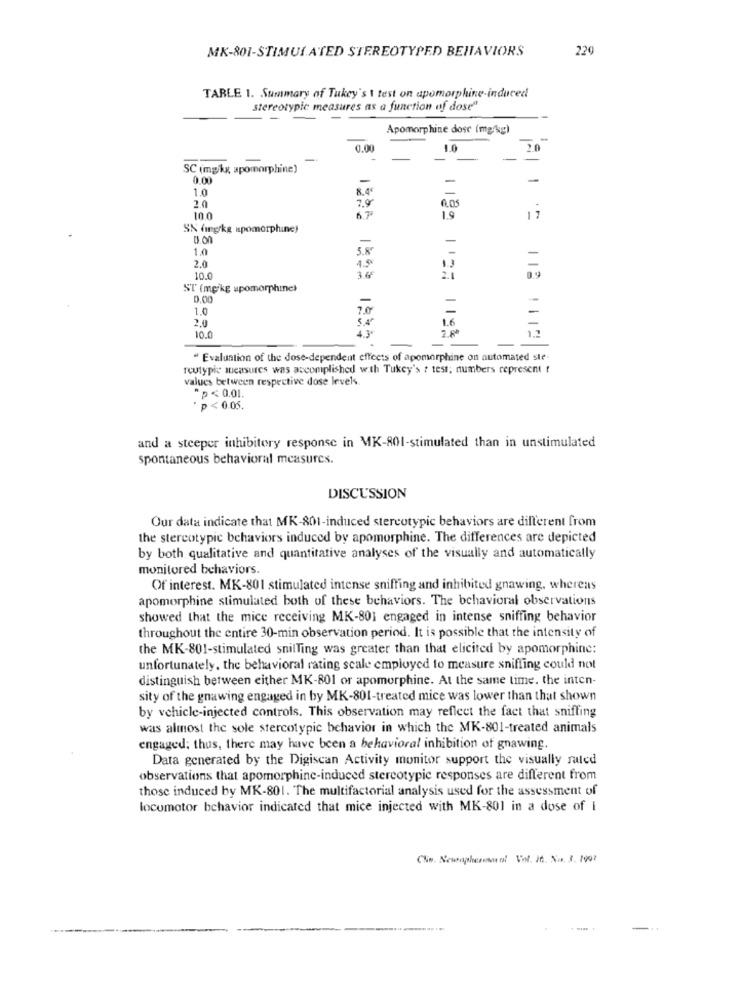
MK-801-STIMULATED STEREOTYPED BEHAVIORS
22
TARLE 1. Summary of Tukey's \ test on apomorphine-induced
stereotypic measures as a function of dose"
Apomorphine dose (mg/kg)
0.00
1.0
2.0
SC (mpkg apomorphine)
0.00
-
-
1.0
8.4€
2.0
100
6.70
1.9
17
SN fingkg spomorphine)
-
-
1.0
5.8
4.9
2.0
1.3
10.0
3.65
ST (mg/kg upomorphine)
0.00
-
1.0
7.0
2.0
4.3º
1.6
280
10.0
118 1112|
" Evaluation of the dose-dependent effects of apomorphine on automated ste-
feutyple measures was accomplished with Tukey's ? test; numbers represent t
values between respective dose levels.
*p < 0.01.
p < 0.05.
and a steeper inhibitory response in MK-801-stimulated than in unstimulated
spontaneous behavioral measures.
DISCUSSION
Our data indicate that MK-801-induced stercotypic behaviors are different from
the stereotypic behaviors induced by apomorphine. The differences are depicted
by both qualitative and quantitative analyses of the visually and automatically
monitored behaviors.
Of interest. MK-801 stimulated intense sniffing and inhibited gnawing, whereas
apomorphine stimulated both of these behaviors. The behavioral observations
showed that the mice receiving MK-801 engaged in intense sniffing behavior
throughout the entire 30-min observation period. It is possible that the intensity of
the MK-801-stimulated sniffing was greater than that elicited by apomorphine:
unfortunately, the behavioral rating scale employed to measure sniffing could not
distinguish between either MK-801 or apomorphine. At the same time. the inten-
sity of the gnawing engaged in by MK-801-treated mice was lower than that shown
by vehicle-injected controls. This observation may reflect the fact that sniffing
was almost the sole stercotypic behavior in which the MK-801-treated animals
engaged; thus, there may have been a behavioral inhibition of gnawing.
Data generated by the Digiscan Activity monitor support the visually rated
observations that apomorphine-induced stereotypic responses are different from
those induced by MK-801. The multifactorial analysis used for the assessment of
locomotor behavior indicated that mice injected with MK-801 in a dose of i
Che. Newaphersorol Vol. In. No. 3. 1991